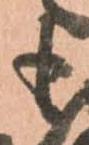
も